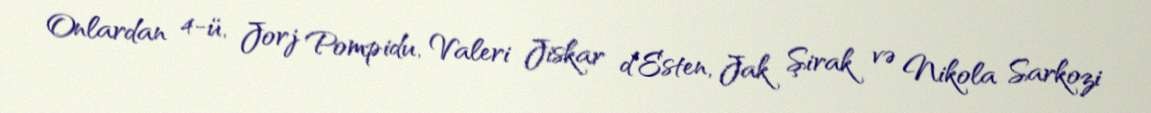
Onlardan 4-ü, Jorj Pompidu, Valeri Jiskar d`Esten, Jak Şirak və Nikola Sarkozi